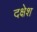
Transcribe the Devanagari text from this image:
दक्षेश